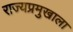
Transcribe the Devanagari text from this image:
राज्यप्रमुखाला